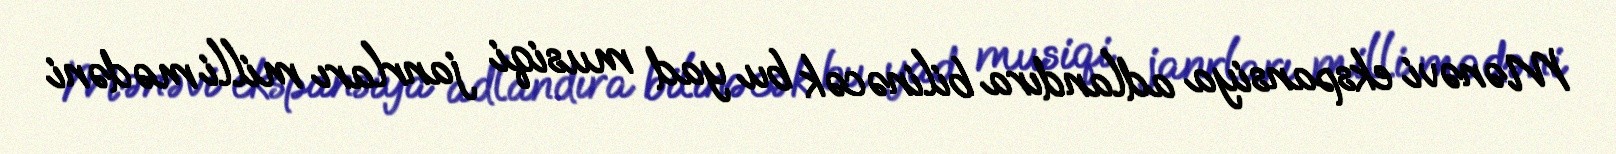
Mənəvi ekspansiya adlandıra bilinəcək bu yad musiqi janrları milli mədəni